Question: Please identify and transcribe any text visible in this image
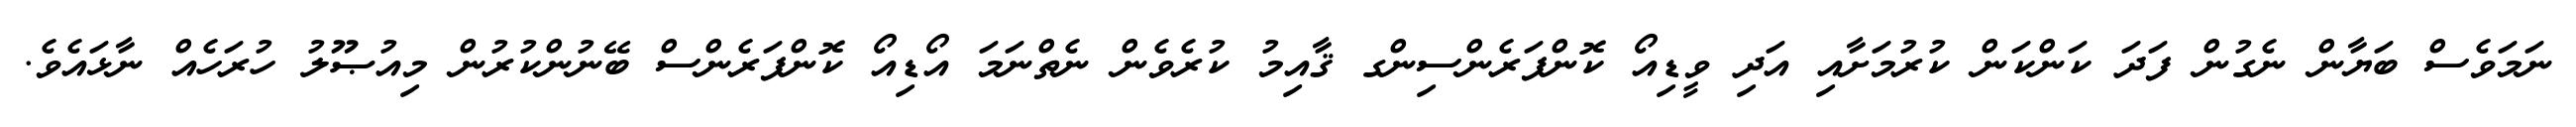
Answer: ނަމަވެސް ބަޔާން ނެގުން ފަދަ ކަންކަން ކުރުމަށާއި އަދި ވީޑިއޯ ކޮންފަރެންސިންގ ޤާއިމު ކުރެވެން ނެތްނަމަ އޯޑިއޯ ކޮންފަރެންސް ބޭނުންކުރުން މިއުޞޫލު ހުރަހެއް ނާޅައެވެ.